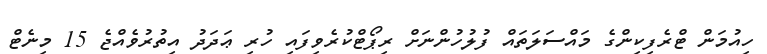
ހިއުމަން ޓްރެފިކިންގެ މައްސަލަތައް ފުލުހުންނަށް ރިޕޯޓްކުރެވިފައި ހުރި ޢަދަދު އިތުރުވެއްޖެ 15 މިނެޓް